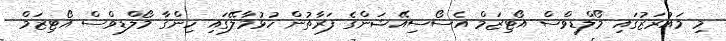
މި މައުރަޒުގައި މޯލްޑިވްސް އޯޓިޒަމް އެސޯސިއޭޝަންގެ ފަރާތުން ހުޅުމާލޭގައި ހިންގާ މޯލްޑިވްސް އޯޓިޒަމް